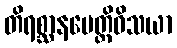
တိရစ္ဆာနပေတ္တိဝိသယာ